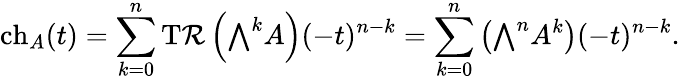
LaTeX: \operatorname{ch}_{A}(t)=\sum_{k=0}^{n}\operatorname{T\mathcal{R}}\left({\textstyle\bigwedge}^{k}A\right)(-t)^{n-k}=\sum_{k=0}^{n}\left({\textstyle\bigwedge}^{n}A^{k}\right)(-t)^{n-k}.